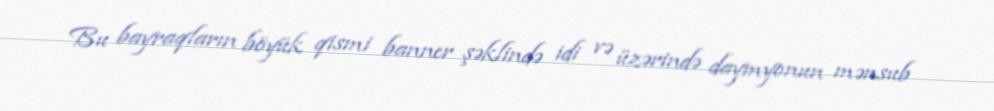
Bu bayraqların böyük qismi banner şəklində idi və üzərində daymyonun mənsub